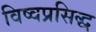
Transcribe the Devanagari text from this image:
विष्वप्रसिद्ध